Naisuhingud, lk 78
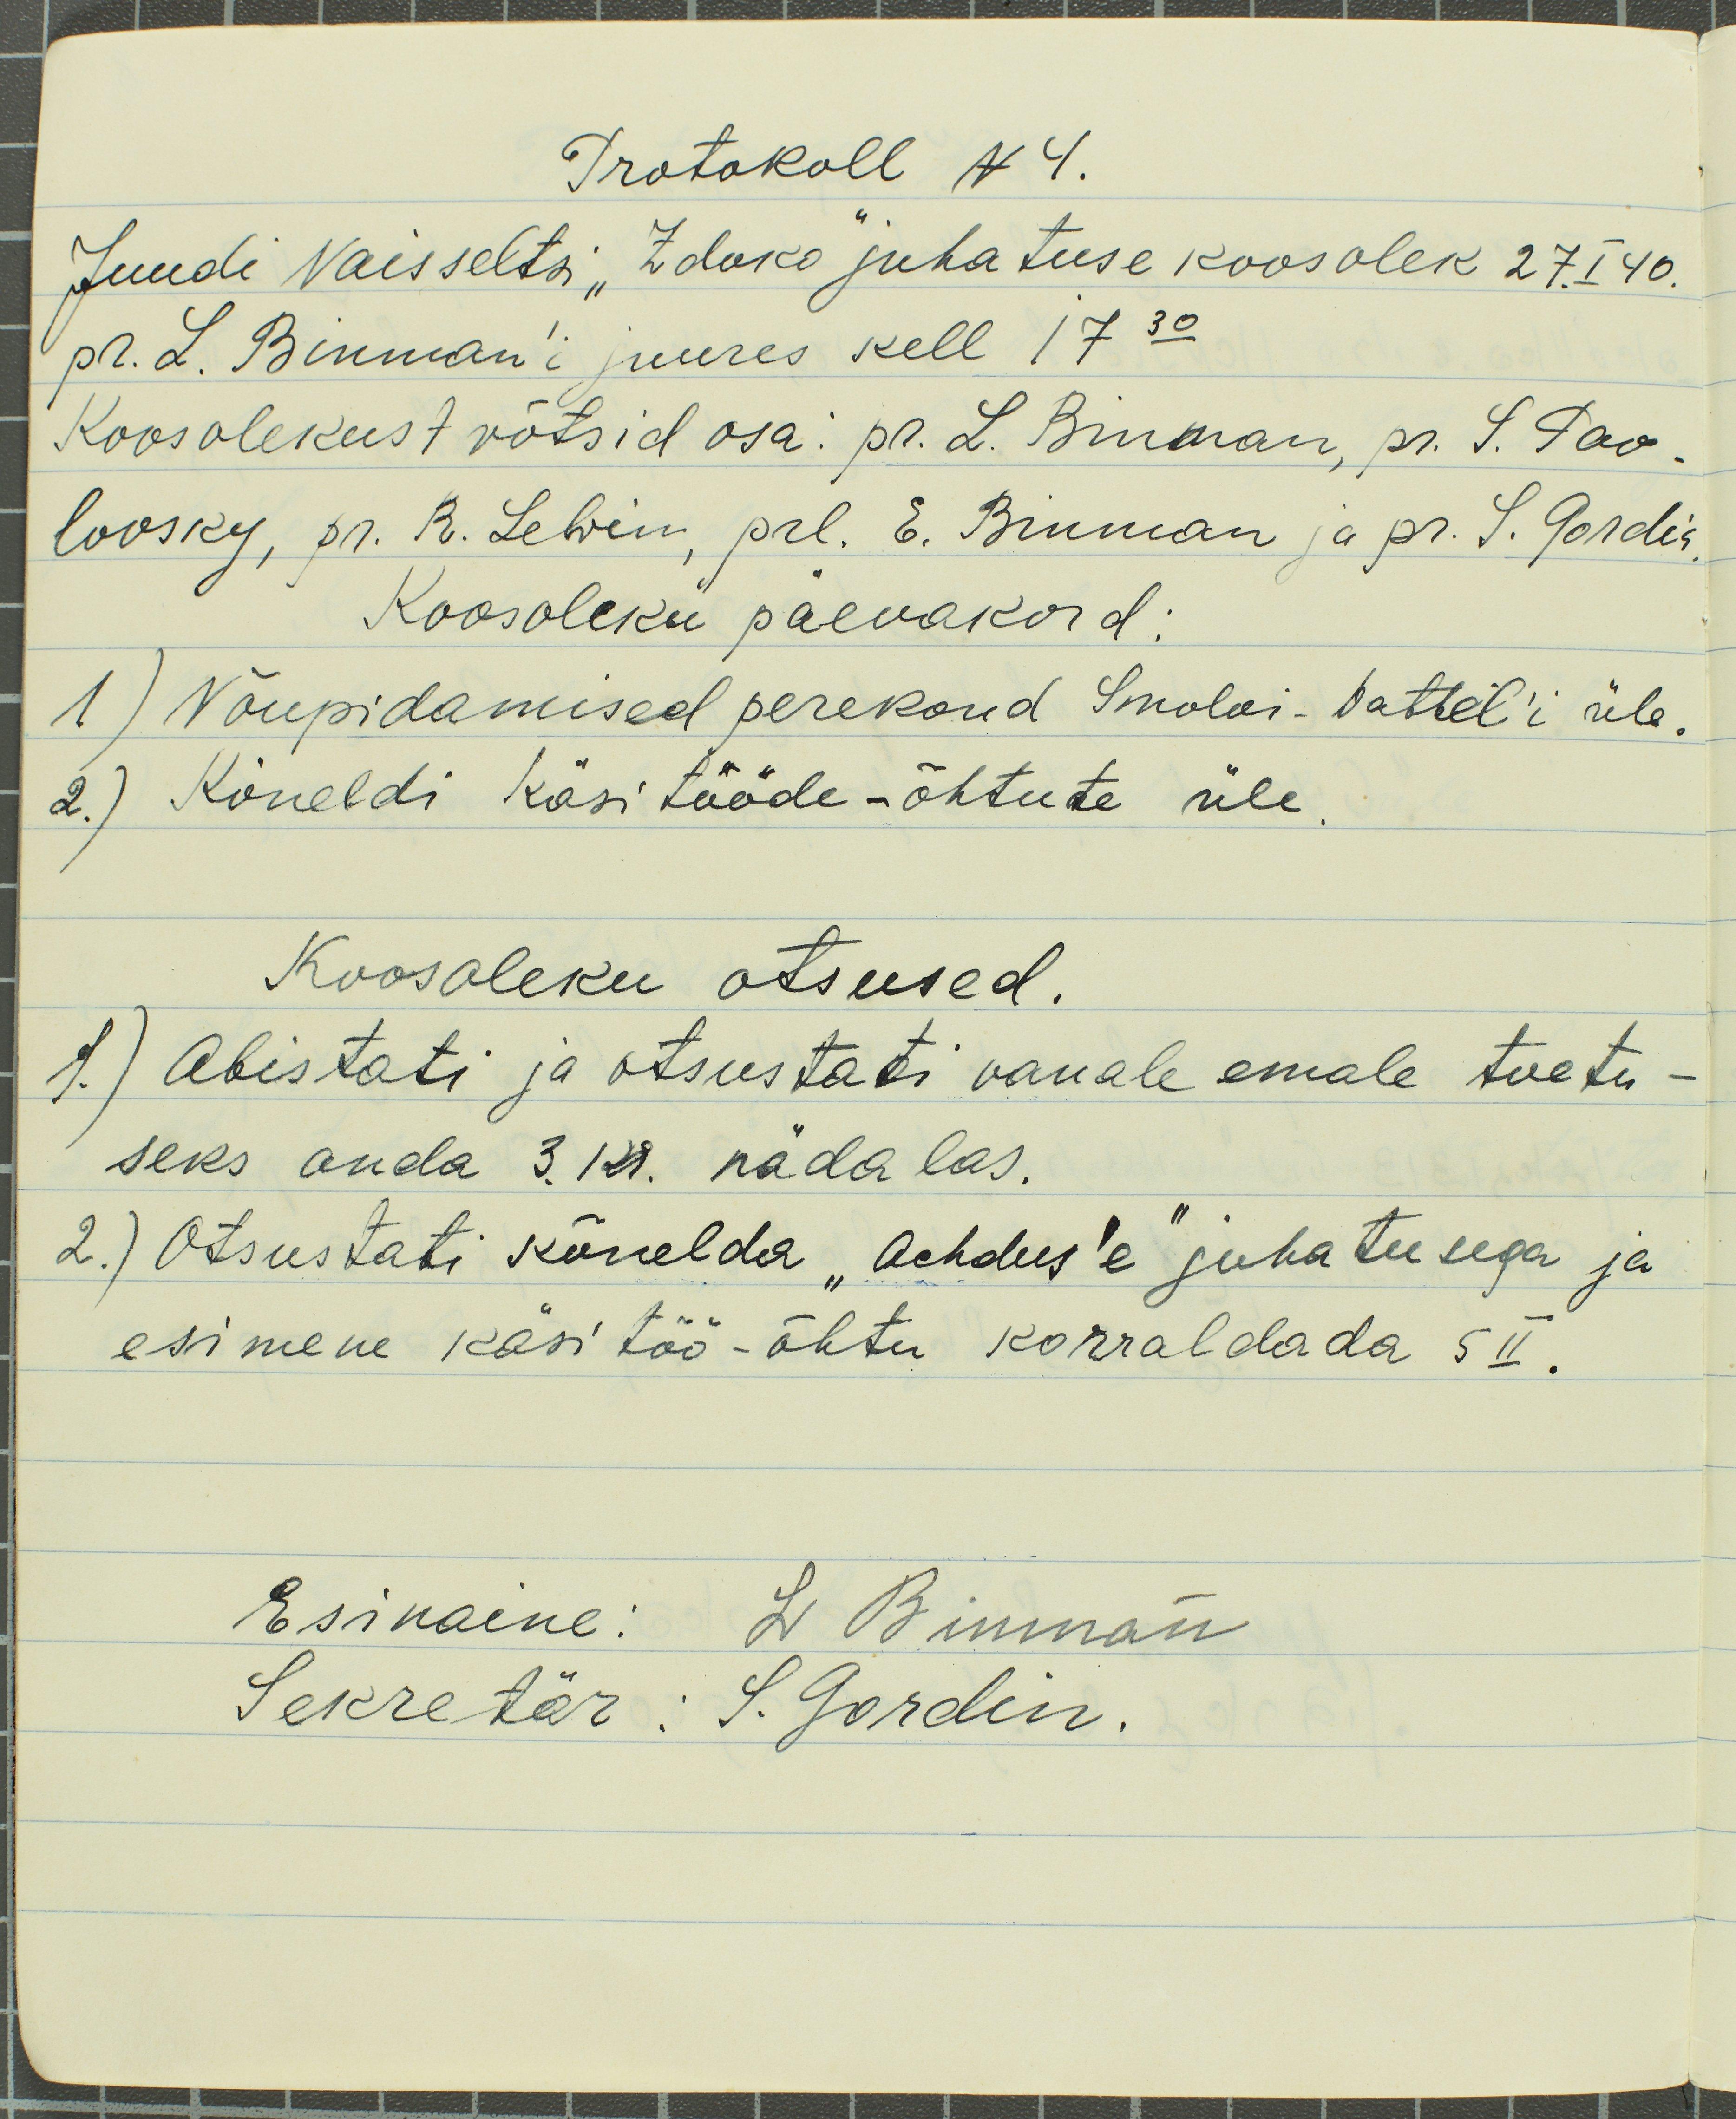
Protokoll N4.
Juudi Naisseltsi "Zdoko" juhatuse koosolek 27. I 40.
pr. L. Binman`i juures kell 17.30
Koosolekust võtsid osa: pr. L. Binman, pr. S. Pav-
lovsky, pr. R. Lewin, prl. E. Binman ja pr. S. Gordin
Koosoleku päevakord:
1) Nõupidamised perekond Smoloi-battel'i üle,
2.) Kõneldi käsitööde-õhtute üle.
Koosoleku otsused.
1.) Abistati ja otsustati vanale emale toetu-
seks anda 3.kr. nädalas.
2.) Otsustati kõnelda "Achdus'e" juhatusega ja
esimene käsitöö-õhtu korraldada 5 II.
Esinaine: L. Binman
Sekretär: S. Gordin.